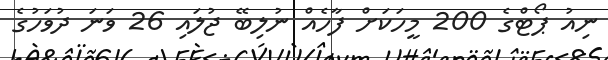
ނިއު ޕޯޓްގެ 200 މީހަކަށް ފާހެއް ނުލިބޭ ޖުލައި 26 ވަނަ ދުވަހުގެ